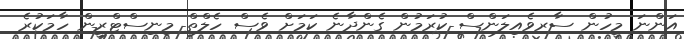
އަންނަ މީހުން ސާރވެއިލަންސް ކުރަމުން ގެންދާނެ ކަމަށް ވެސް ހެލްތް މިނިސްޓްރީން ހާމަކުރެ